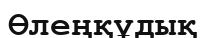
Өлеңқұдық